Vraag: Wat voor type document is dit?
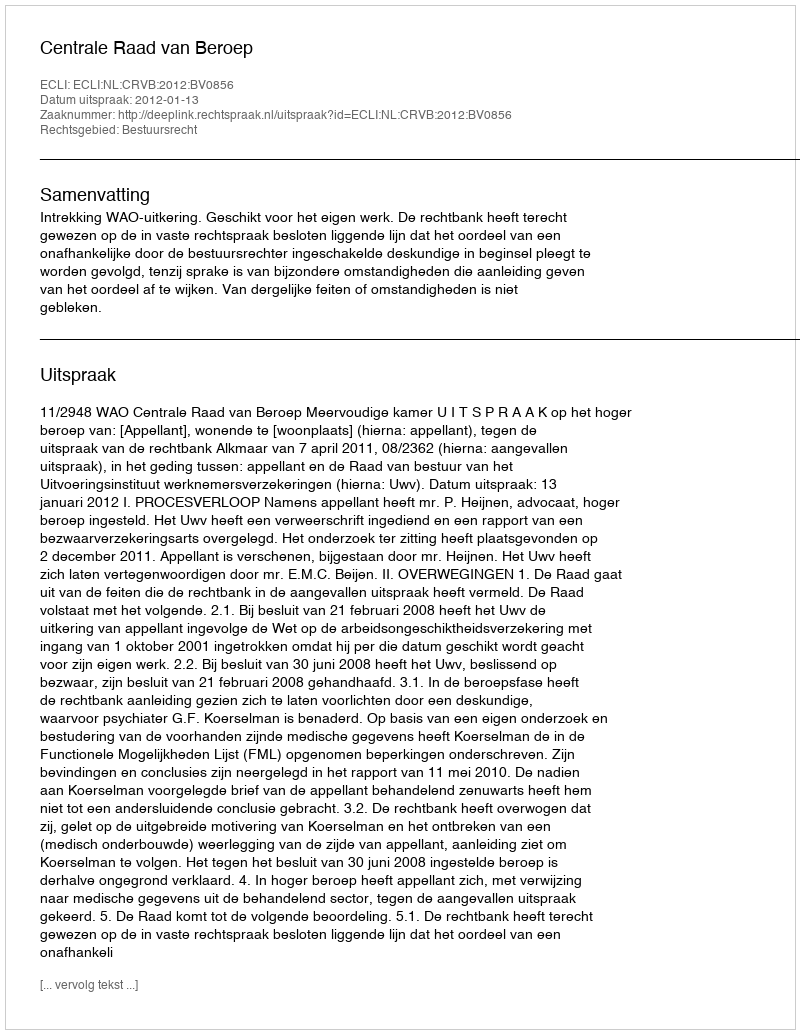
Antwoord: Uitspraak